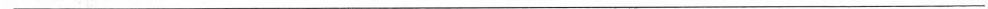
___